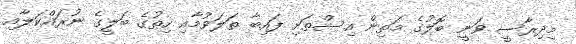
މިދިރާސީ ވަނީ ބޮލުގެ މަތިން އިސްތަށި ފައިބާ ތަލަވުމާއި ހިތުގެ ބަލީގެ ނުރައްކަލާއި